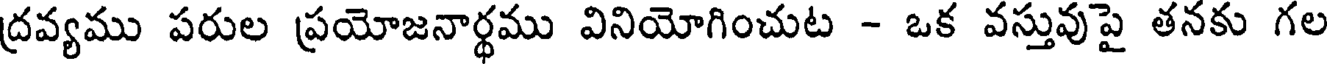
ద్రవ్యము పరుల ప్రయోజనార్థము వినియోగించుట - ఒక వస్తువుపై తనకు గల